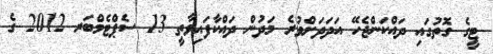
ޓީގެ ގޮތުގައި ދައްކަންޖެހޭ އަދަދަށްވުރެ މަދުން ދައްކާފައިވާތީ 13 ސެޕްޓެމްބަރ 2012 ގެ